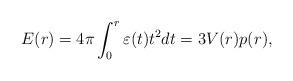
LaTeX: \begin{align*}E(r)=4\pi \int_{0}^{r}{\varepsilon (t)t^2dt}=3V(r)p(r),\end{align*}